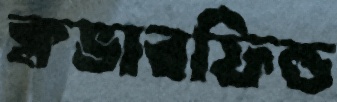
ক্লভারফিল্ড